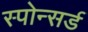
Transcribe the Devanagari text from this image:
स्पोन्सर्ड